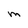
Character: m